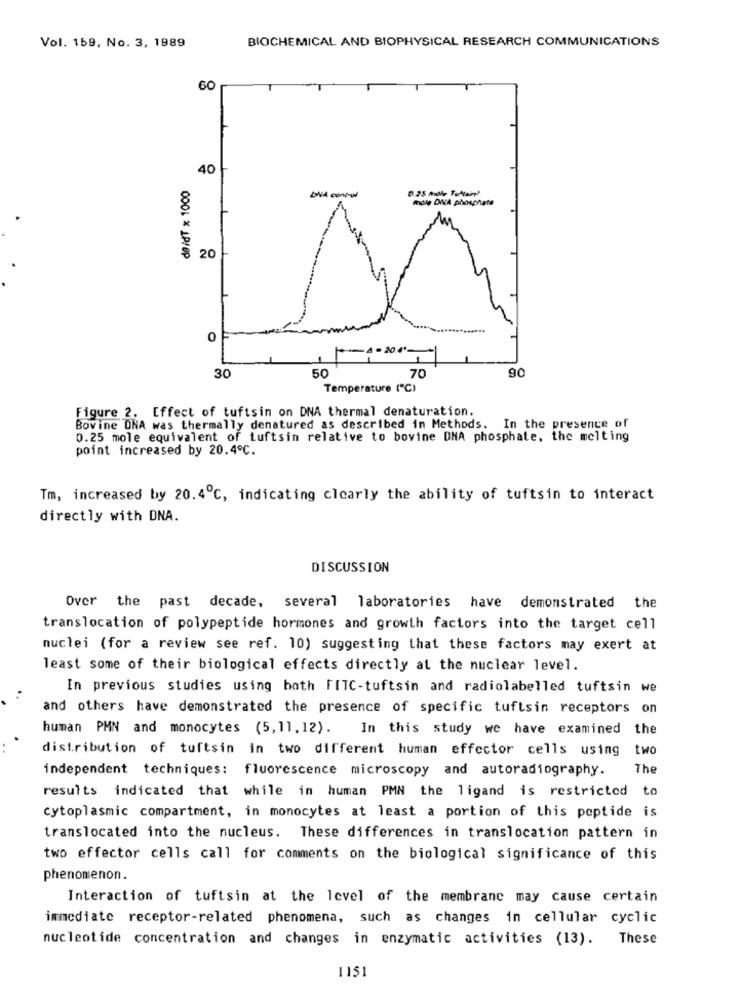
Vol. 159, No. 3, 1989
BIOCHEMICAL AND BIOPHYSICAL RESEARCH COMMUNICATIONS
60
40
daidT x 1000
DWA control
more DNA phosphate
20
0
50
90
30
70
Temperature ("℃)
Figure 2. Effect of tuftsin on DNA thermal denaturation.
Bovine DNA was thermally denatured as described in Methods. In the presence of
0.25 mole equivalent of tuftsin relative to bovine DNA phosphate, the melting
point increased by 20.4℃.
Tm, increased by 20.4℃, indicating clearly the ability of tuftsin to interact
directly with DNA.
DISCUSSION
Over the past decade, several laboratories have demonstrated the
translocation of polypeptide hormones and growth factors into the target cell
nuclei (for a review see ref. 10) suggesting that these factors may exert at
least some of their biological effects directly at the nuclear level.
In previous studies using both FITC-tuftsin and radiolabelled tuftsin we
and others have demonstrated the presence of specific tuftsin receptors on
human PMN and monocytes (5,11,12).
In this study we have examined the
distribution of tuftsin in two different human effector cells using
two
independent techniques:
fluorescence microscopy and autoradiography.
The
results indicated that while in human PMN the ligand is restricted
to
cytoplasmic compartment, in monocytes at least a portion of this peptide is
translocated into the nucleus. These differences in translocation pattern in
two effector cells call for comments on the biological significance of this
phenomenon.
Interaction of tuftsin at the level of the membrane may cause certain
immediate receptor-related phenomena, such as changes in cellular cyclic
nucleotide concentration and changes in enzymatic activities (13). These
1151